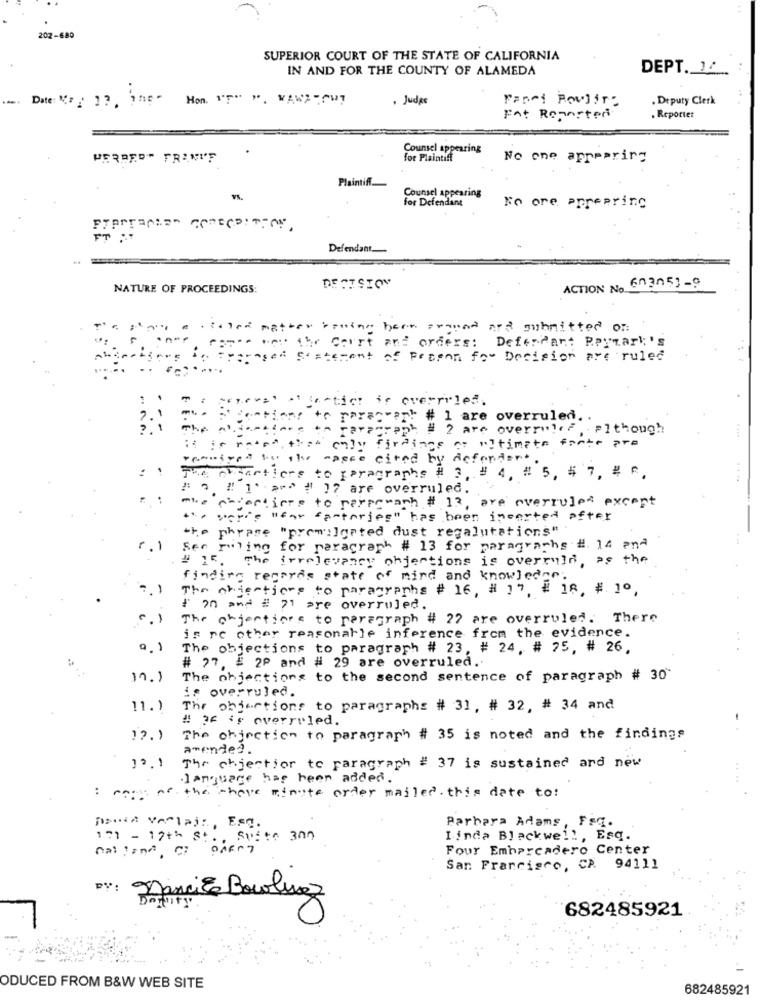
202-680
SUPERIOR COURT OF THE STATE OF CALIFORNIA
IN AND FOR THE COUNTY OF ALAMEDA
DEPT. 10
Date: ** 19, The- Mon. "T" ". WAWATCH?
. Judge
Panei Poulin:
. Deputy Clerk
Fat Reported
. Reporter
Counsel appearing
WERBED" FRANIF
for Plaintiff
No one appearing
Plaintiff.
Counsel appearing
for Defendant
No ore ppreprinc
Defendant.
NATURE OF PROCEEDINGS:
DECISION
ACTION No 603051-9
.. matt
Sewing been around and guhnitted on
The Court and orders: Defendant Roymark's
aged Statement of Reason for Decision are ruled
Ffectict is overruled.
7.
+c paracet # 1 are overruled. .
- # 2 are overrulr? . although
the only findings or ultimate forte pre
sived by the masce cited by defendant.
The Artertiers to paragraphs # 3, # 4, # 5, 5 7, 4 c.
: 0 2 1 pro # 17 are overruled.
The chdertiere to perperach # 13, are overruled except
the voice "far cantarjeg" has been incerted after
the phrase "promilgated dust regalutations"
r.l
Ser ruling for paragraph # 13 for paragraphs #. 14 and
# 15. The irrelevanty objections is overrain, as the
finding records state of mind and knowledge.
The objections to paragraphs # 16, # 17, # 18, #. 10.
$ 20 and # 71 are overruled.
The objections to paragraph # 22 are overruled. There
is re other reasonable inference from the evidence.
Q. 1
The objections to paragraph # 23, # 24. # 25, # 26,
7, # 2P and # 29 are overruled ..
11.1
The objections to the second sentence of paragraph # 30"
is overruled.
11.)
The objections to paragraphs # 31, # 32, # 34 and
" IF 's overruled.
"2. )
The objection to paragraph # 35 is noted and the findings
amended.
32.1
The chientior to paragraph # 37 is sustained and new
.language has been added .
: most of the chave minute order mailed. this date to:
Barbara Adams, Fsq.
ponad Verlaj :, Esq.
171 - 17th St ., Suite 300
Linda Blackwell, Esq.
mailand CI PARry
Four Embarcadero Center
San Francisco, CA. 94111
DY: nanciE Bowluaz
682485921
ODUCED FROM B&W WEB SITE
682485921